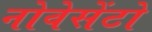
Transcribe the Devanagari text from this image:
नोवेसेंटो